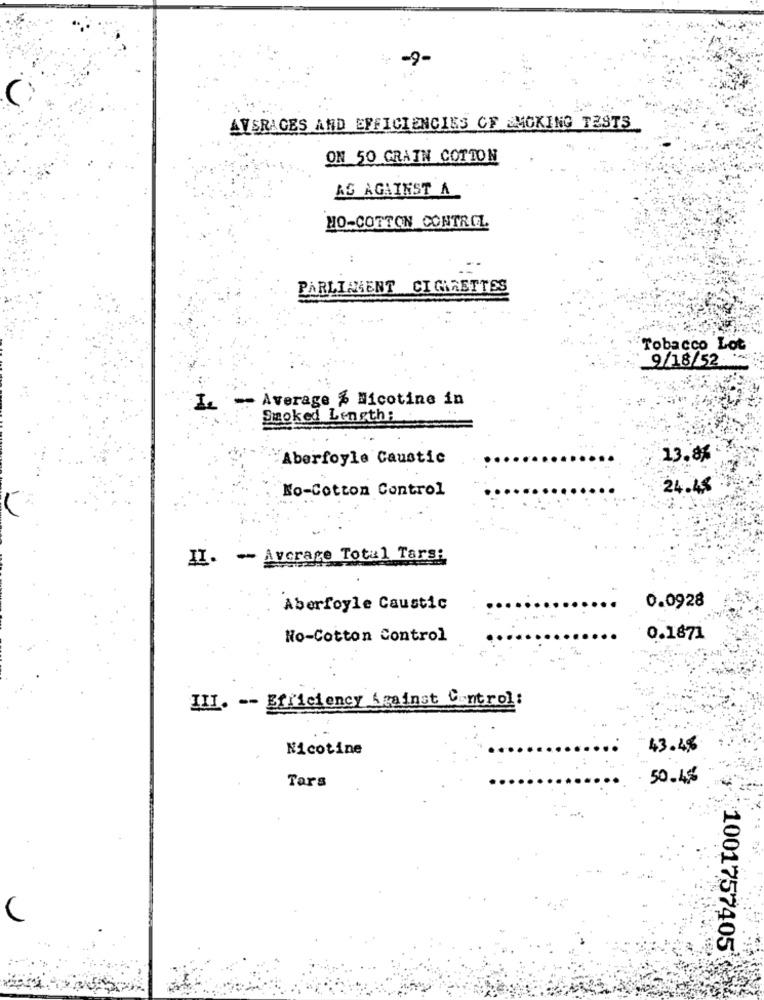
-9-
AVERAGES AND EFFICIENCIES CF SMOKING TESTS
ON 50 GRAIN COTTON
AS AGAINST A
HO-COTTON CONTROL
PARLIAMENT CIGARETTES
Tobacco Lot
9/18/52
Average % Nicotine in
Smoked Length:
Aberfoyle Caustic
13.8%
No-Cotton Control
24.48
II. - Average Total Tars:
0.0928
Aberfoyle Caustic
No-Cotton Control
0.1871
III. -- Efficiency Against Control:
Nicotine
43.48
Tars
50.45
1001757405